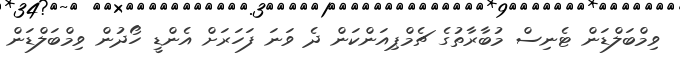
ވިމްބަލްޑަން ޓެނިސް މުބާރާތުގެ ޗެމްޕިއަންކަން ދެ ވަނަ ފަހަރަށް އެންޑީ ހޯދުން ވިމްބަލްޑަން